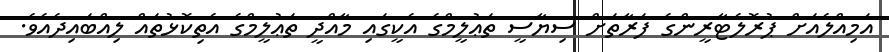
އަމިއްލެއަށް ޕުރޮލެޓާރީންގެ ފަރާތަށް ސިޔާސީ ތަޢުލީމްގެ އެކީގައި މާއްދީ ތަޢުލީމްގެ އެތިކޮޅުތައް ލިއްބައިދެއެވެ.